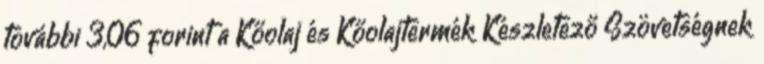
további 3,06 forint a Kőolaj és Kőolajtermék Készletező Szövetségnek